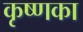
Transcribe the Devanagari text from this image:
कृष्णका